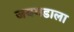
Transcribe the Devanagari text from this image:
जयगडाला